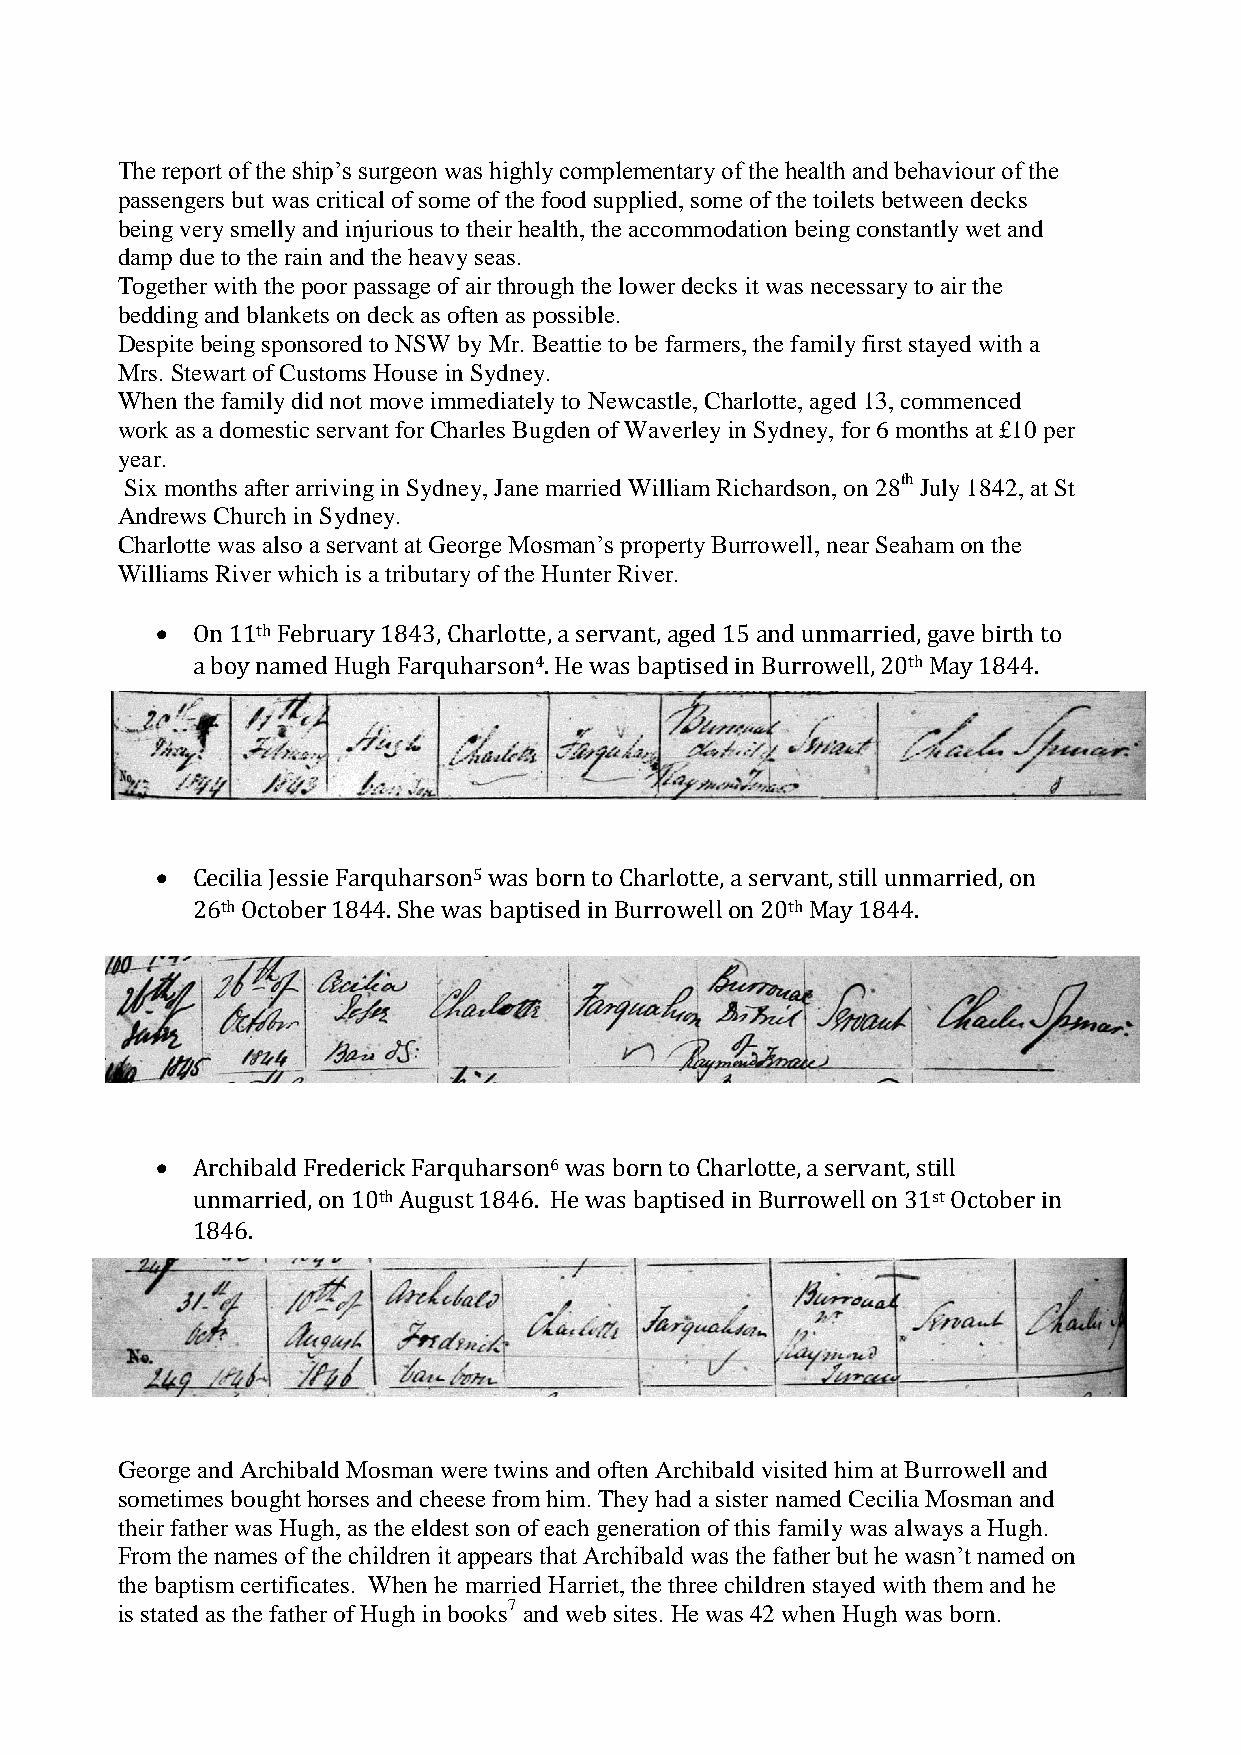
The report of the ship’s surgeon was highly complementary of the health and behaviour of the
 passengers but was critical of some of the food supplied, some of the toilets between decks
 being very smelly and injurious to their health, the accommodation being constantly wet and
 damp due to the rain and the heavy seas.
 Together with the poor passage of air through the lower decks it was necessary to air the
 bedding and blankets on deck as often as possible.
 Despite being sponsored to NSW by Mr. Beattie to be farmers, the family first stayed with a
 Mrs. Stewart of Customs House in Sydney.
 When the family did not move immediately to Newcastle, Charlotte, aged 13, commenced
 work as a domestic servant for Charles Bugden of Waverley in Sydney, for 6 months at £10 per
 year.
 Six months after arriving in Sydney, Jane married William Richardson, on 28th July 1842, at St
 Andrews Church in Sydney.
 Charlotte was also a servant at George Mosman’s property Burrowell, near Seaham on the
 Williams River which is a tributary of the Hunter River.
   On 11th February 1843, Charlotte, a servant, aged 15 and unmarried, gave birth to
 a boy named Hugh Farquharson4. He was baptised in Burrowell, 20th May 1844.
   Cecilia Jessie Farquharson5 was born to Charlotte, a servant, still unmarried, on
 26th October 1844. She was baptised in Burrowell on 20th May 1844.
   Archibald Frederick Farquharson6 was born to Charlotte, a servant, still
 unmarried, on 10th August 1846. He was baptised in Burrowell on 31st October in
 1846.
 George and Archibald Mosman were twins and often Archibald visited him at Burrowell and
 sometimes bought horses and cheese from him. They had a sister named Cecilia Mosman and
 their father was Hugh, as the eldest son of each generation of this family was always a Hugh.
 From the names of the children it appears that Archibald was the father but he wasn’t named on
 the baptism certificates. When he married Harriet, the three children stayed with them and he
 is stated as the father of Hugh in books7 and web sites. He was 42 when Hugh was born.